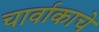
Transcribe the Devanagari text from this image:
चार्वाकाचे